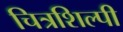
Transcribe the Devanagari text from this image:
चित्रशिल्पी